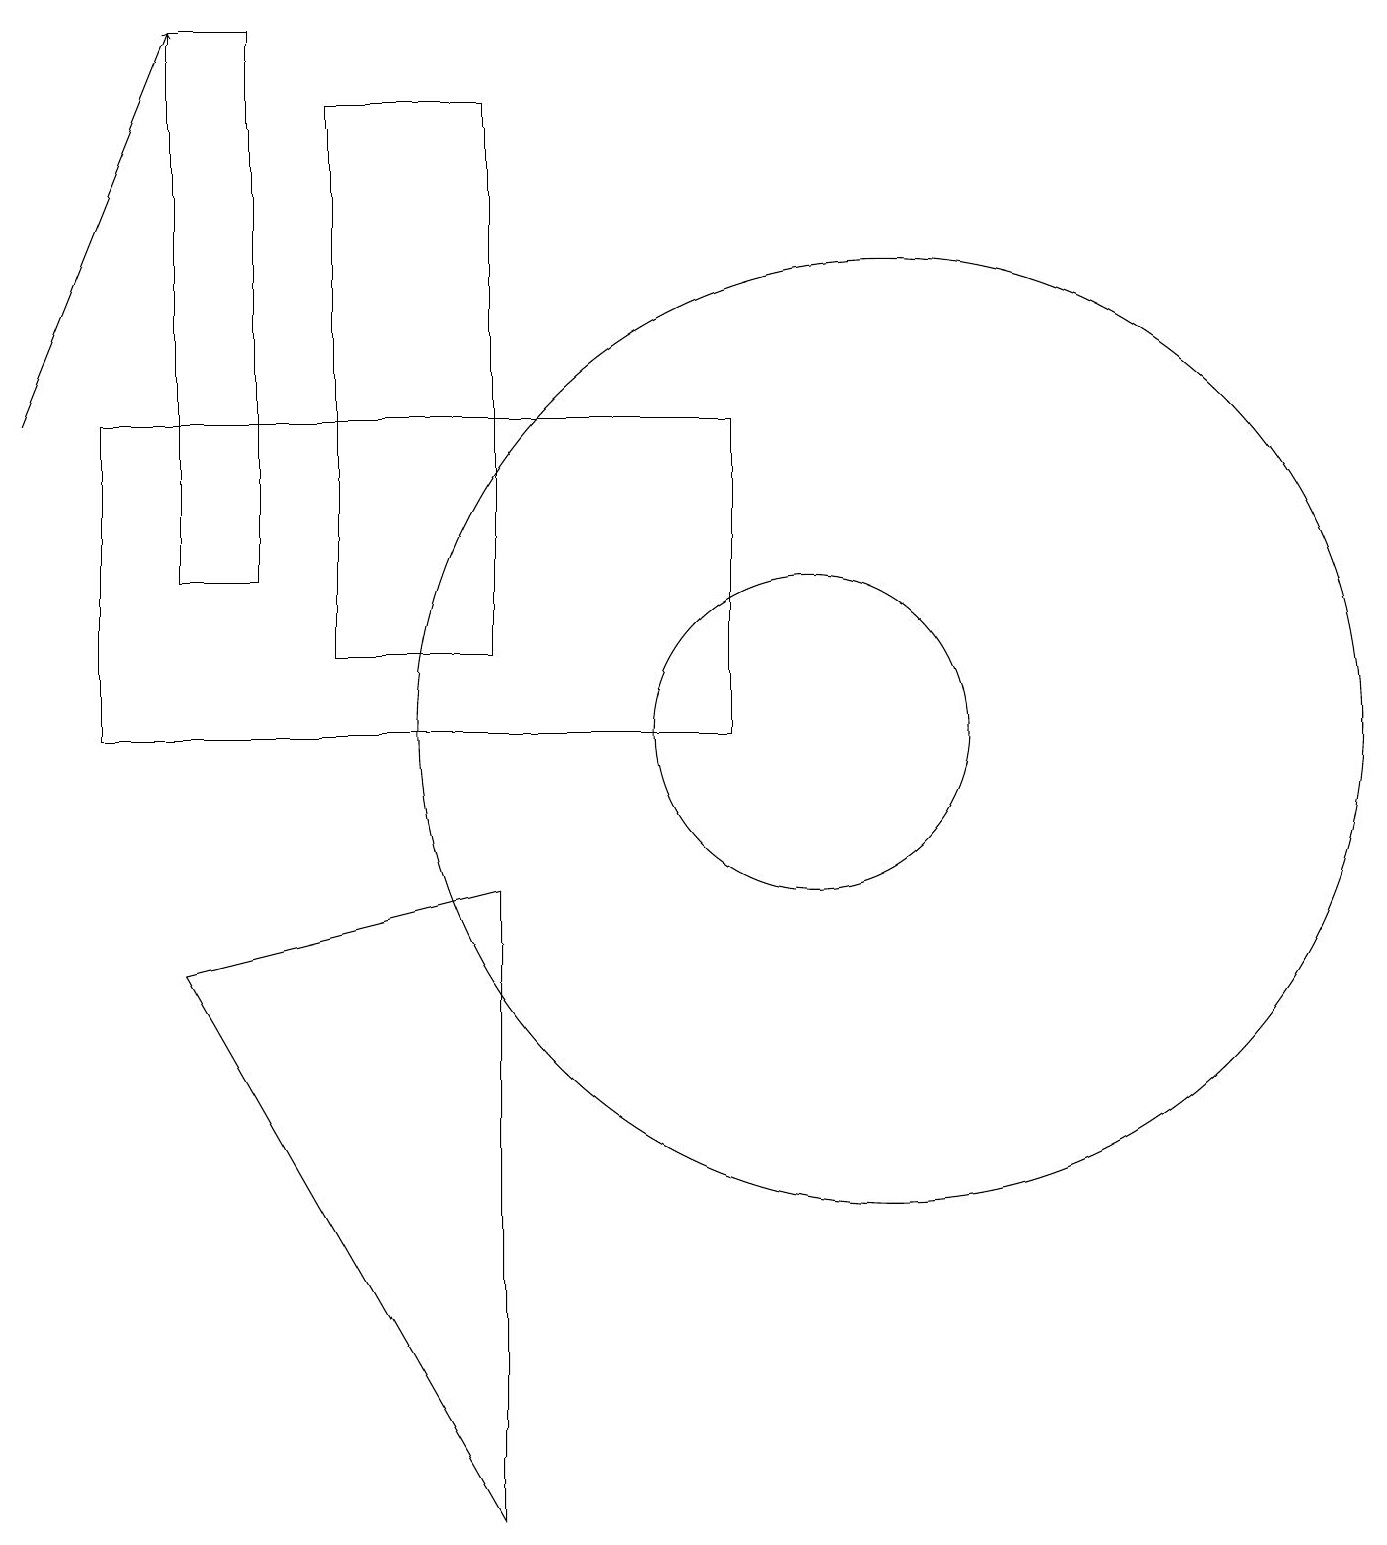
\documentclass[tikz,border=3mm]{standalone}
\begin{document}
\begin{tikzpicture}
\draw (6,0) -- (2,7) -- (6,8) -- cycle;
\draw (6,18) rectangle (4,11);
\draw (11,10) circle (6);
\draw (9,10) rectangle (1,14);
\draw (10,10) circle (2);
\draw[->] (0,14) -- (2,19);
\draw (3,12) rectangle (2,19);
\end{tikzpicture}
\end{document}